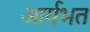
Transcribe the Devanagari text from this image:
आर्यभत